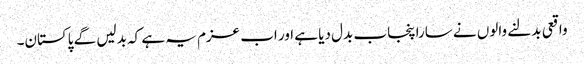
واقعی بدلنے والوں نے سارا پنجاب بدل دیا ہے اور اب عزم یہ ہے کہ بدلیں گے پاکستان۔